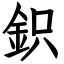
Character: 鉙